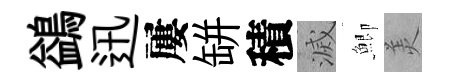
鷁迅屢缾積滅鯽羙